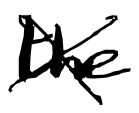
Text: the
Cross-out: cross
Writing tool: digital_black